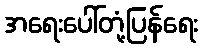
အရေးပေါ်တုံ့ပြန်ရေး